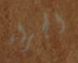
الجراء